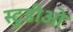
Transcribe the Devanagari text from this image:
स्टुडीओ